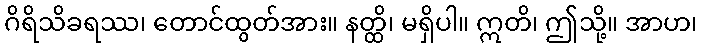
ဂိရိသိခရဿ၊ တောင်ထွတ်အား။ နတ္ထိ၊ မရှိပါ။ ဣတိ၊ ဤသို့။ အာဟ၊